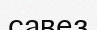
савез